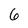
Character: 6